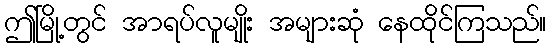
ဤမြို့တွင် အာရပ်လူမျိုး အများဆုံ နေထိုင်ကြသည်။